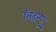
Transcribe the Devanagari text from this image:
तिहन्यु